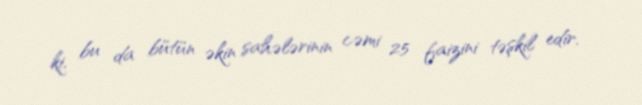
ki, bu da bütün əkin sahələrinin cəmi 25 faizini təşkil edir.